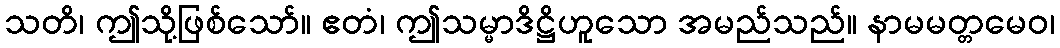
သတိ၊ ဤသို့ဖြစ်သော်။ ဧတံ၊ ဤသမ္မာဒိဋ္ဌိဟူသော အမည်သည်။ နာမမတ္တမေဝ၊